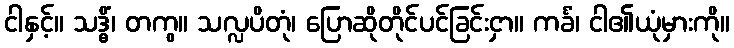
ငါနှင့်။ သဒ္ဓိံ၊ တကွ။ သလ္လပိတုံ၊ ပြောဆိုတိုင်ပင်ခြင်းငှာ။ ကင်္ခံ၊ ငါ၏ယုံမှားကို။